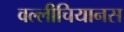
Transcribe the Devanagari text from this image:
वल्लीचियानस